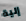
إلية